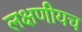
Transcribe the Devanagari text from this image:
लक्षणीयच